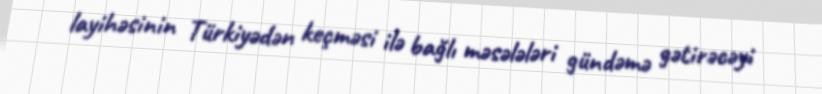
layihəsinin Türkiyədən keçməsi ilə bağlı məsələləri gündəmə gətirəcəyi